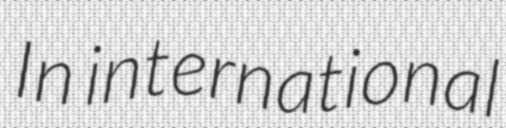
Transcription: In international